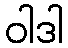
ဝါဒါ